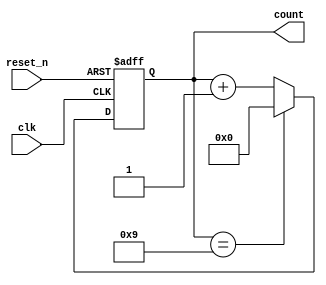
module BCD_Counter (
    input wire clk,             // Clock input
    input wire reset_n,         // Active-low asynchronous reset
    output reg [3:0] count      // 4-bit BCD output
);

// Asynchronous behavior to reset the counter
always @(negedge reset_n or posedge clk) begin
    if (!reset_n) begin
        count <= 4'b0000;      // Reset the counter to 0000
    end else if (count == 4'b1001) begin
        count <= 4'b0000;      // If count is 9 (1001), reset to 0000
    end else begin
        count <= count + 1'b1; // Increment the counter
    end
end

endmodule